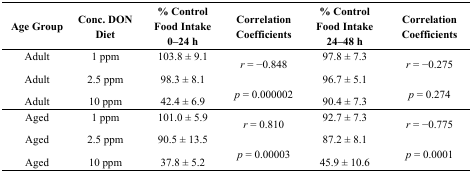
| Age Group | Conc. DON Diet | % Control Food Intake 0–24 h | Correlation Coefficients | % Control Food Intake 24–48 h | Correlation Coefficients |
 | --- | --- | --- | --- | --- | --- |
 | Adult | 1 ppm | 103.8 ± 9.1 | <ROWSPAN=2> r = −0.848 | 97.8 ± 7.3 | <ROWSPAN=2> r = −0.275 |
 | <ROWSPAN=2> Adult | <ROWSPAN=2> 2.5 ppm | <ROWSPAN=2> 98.3 ± 8.1 | <ROWSPAN=2> 96.7 ± 5.1 |
 | <ROWSPAN=2> p = 0.000002 | <ROWSPAN=2> p = 0.274 |
 | Adult | 10 ppm | 42.4 ± 6.9 | 90.4 ± 7.3 |
 | Aged | 1 ppm | 101.0 ± 5.9 | <ROWSPAN=2> r = 0.810 | 92.7 ± 7.3 | <ROWSPAN=2> r = −0.775 |
 | <ROWSPAN=2> Aged | <ROWSPAN=2> 2.5 ppm | <ROWSPAN=2> 90.5 ± 13.5 | <ROWSPAN=2> 87.2 ± 8.1 |
 | <ROWSPAN=2> p = 0.00003 | <ROWSPAN=2> p = 0.0001 |
 | Aged | 10 ppm | 37.8 ± 5.2 | 45.9 ± 10.6 |